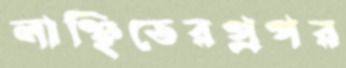
লাঞ্ছিতেরপ্রপর